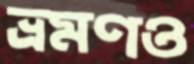
ভ্রমণও